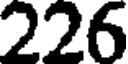
226